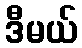
ဒီမယ်